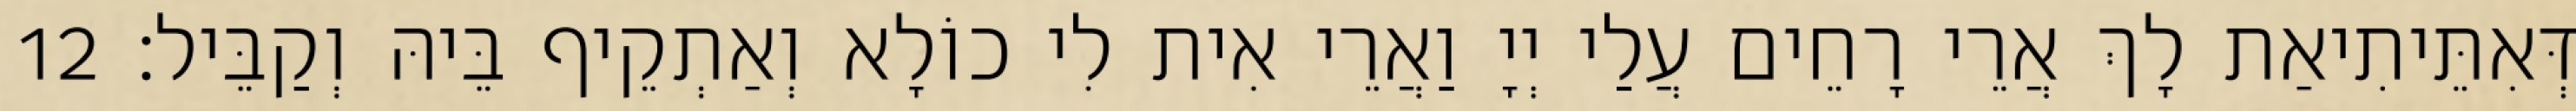
דְּאִתֵּיתִיאַת לָךְ אֲרֵי רָחֵים עֲלַי יְיָ וַאֲרֵי אִית לִי כוֹלָא וְאַתְקֵיף בֵּיהּ וְקַבֵּיל׃ 12